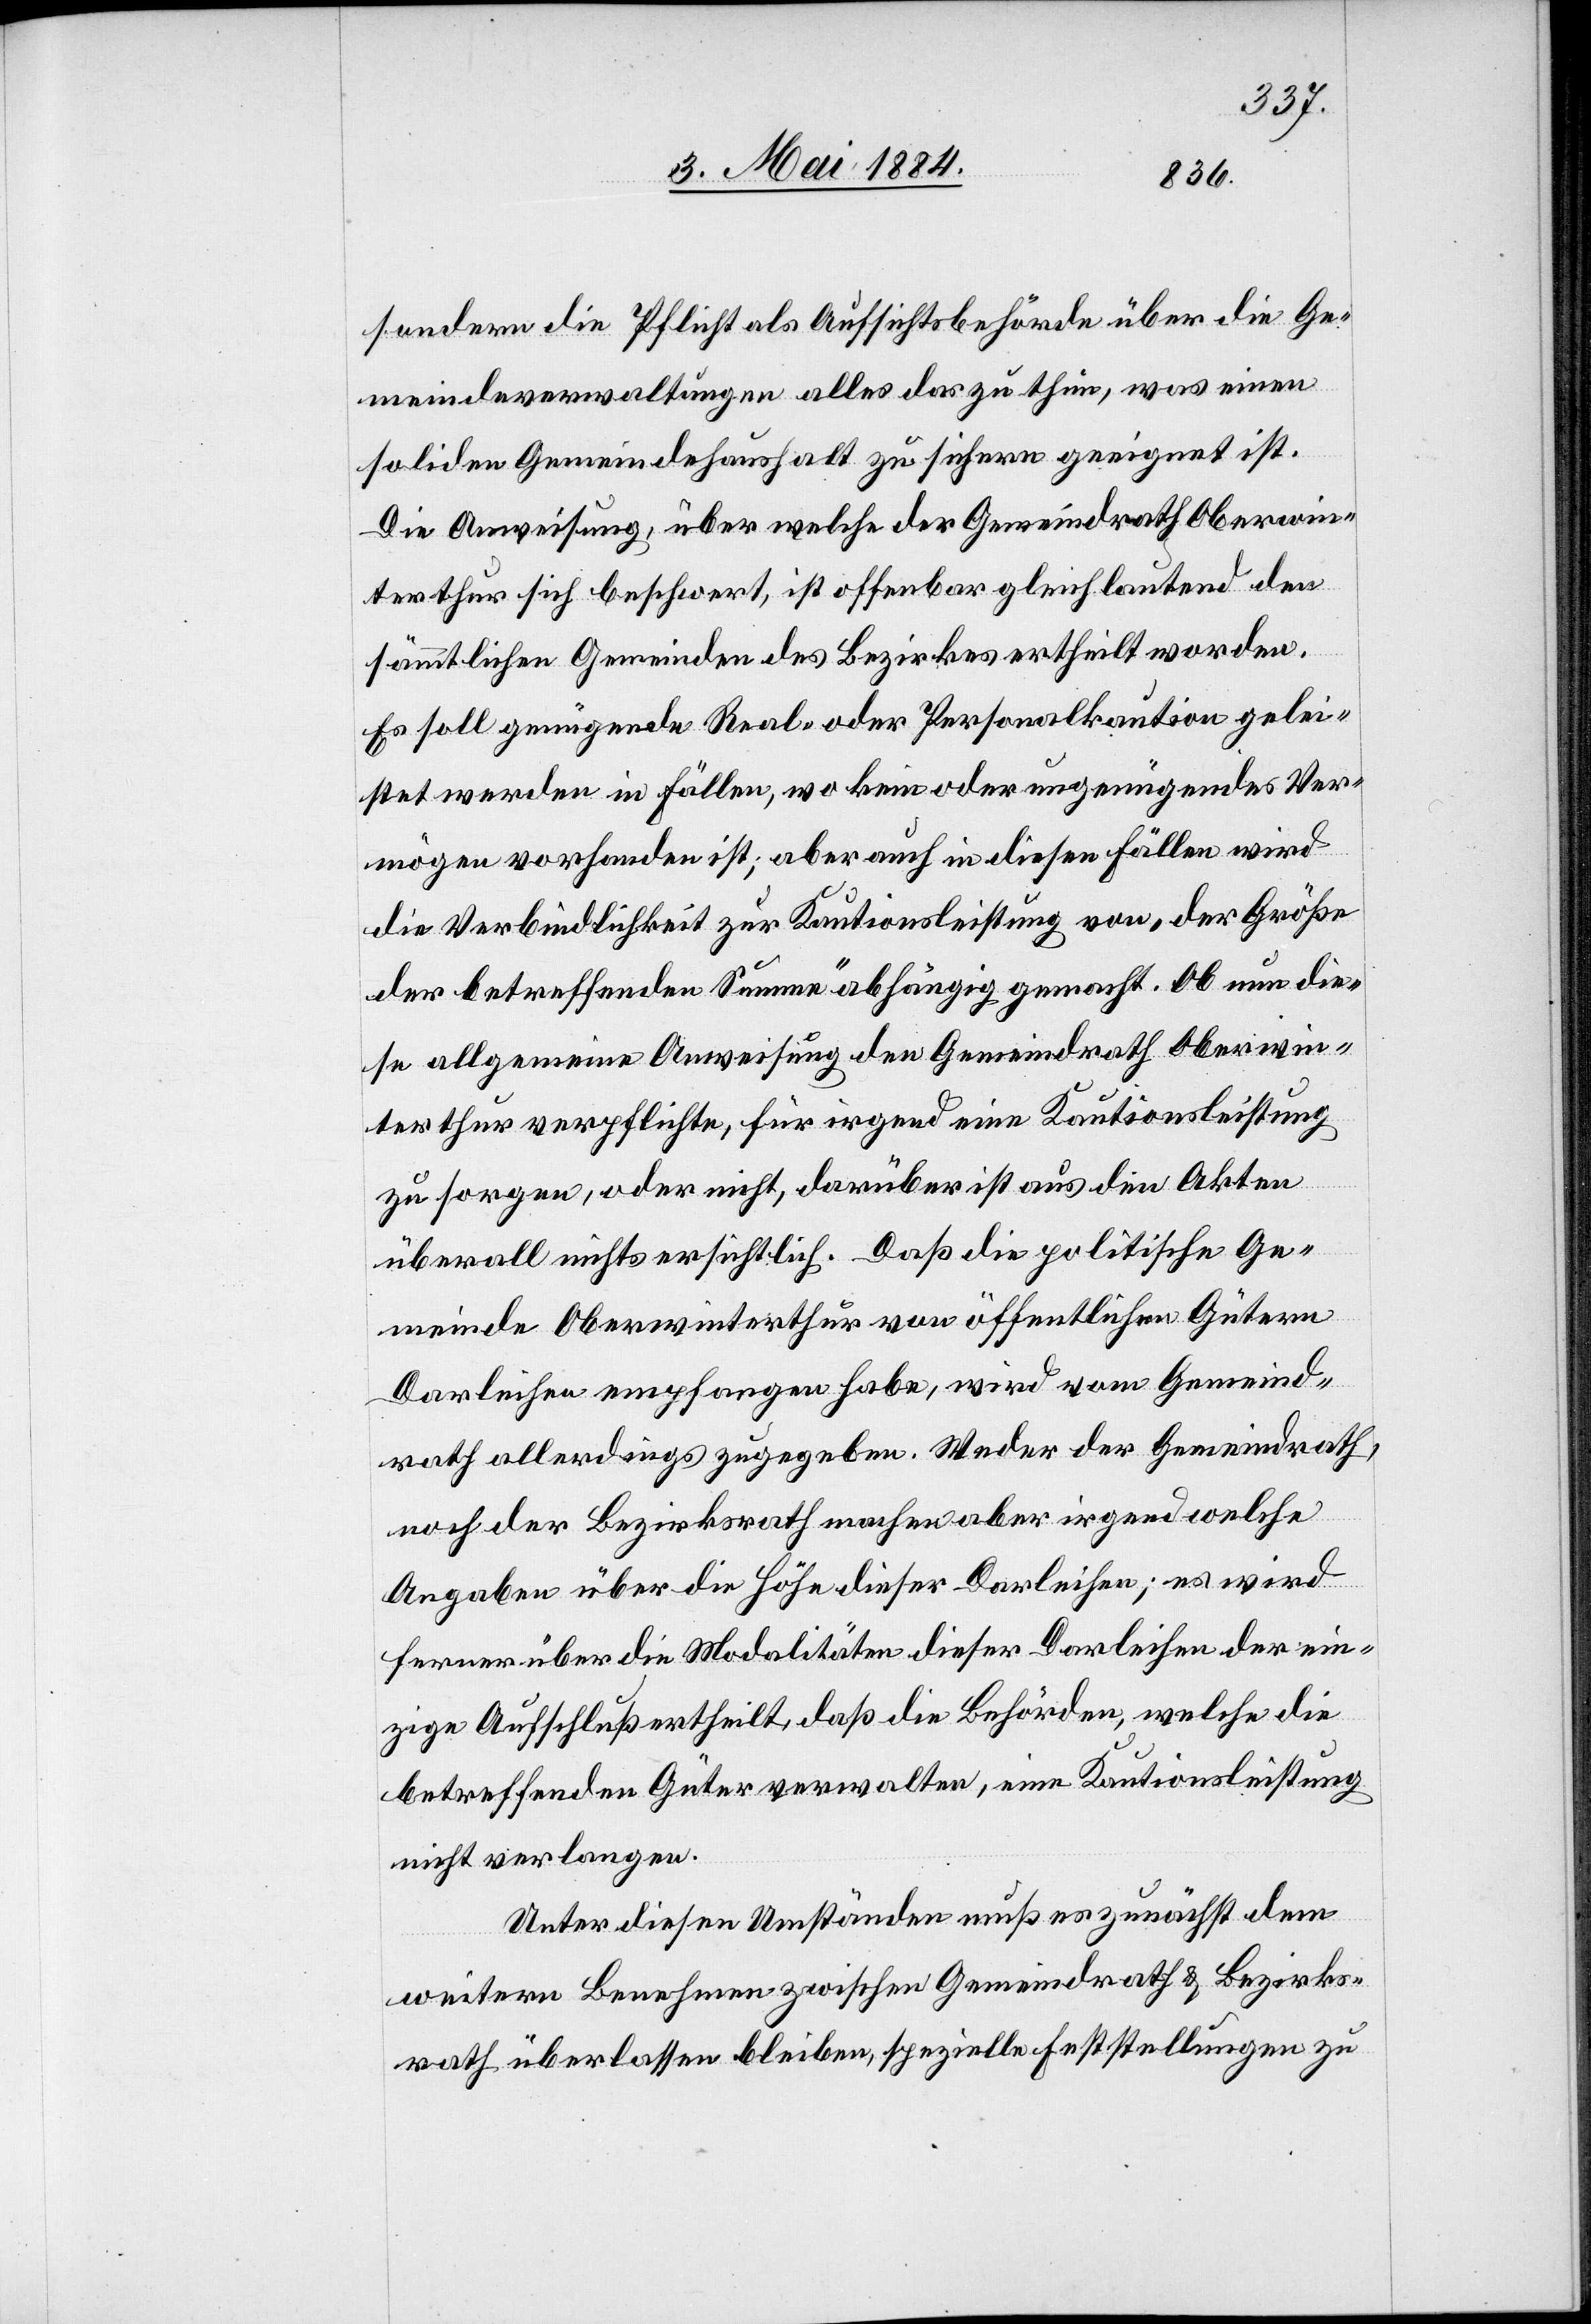
sondern die Pflicht als Aufsichtsbehörde über die Ge¬
meindeverwaltungen alles das zu thun, was einen
soliden Gemeindehaushalt zu sichern geeignet ist.
Die Ausweisung, über welche der Gemeindrath Oberwin¬
terthur sich beschwert, ist offenbar gleichlautend den
sämmtlichen Gemeinden des Bezirkes ertheilt worden.
Es soll genügende Real- oder Personalkaution gelei¬
stet werden in Fällen, wo kein oder ungenügendes Ver¬
mögen vorhanden ist; aber auch in diesen Fällen wird
die Verbindlichkeit zur Kautionsleistung von „der Größe
der betreffenden Summe“ abhängig gemacht. Ob nun die¬
se allgemeine Ausweisung den Gemeindrath Oberwin¬
terthur verpflichte, für irgend eine Kautionsleistung
zu sorgen, oder nicht, darüber ist aus den Akten
überall nichts ersichtlich. Daß die politische Ge¬
meinde Oberwinterthur von öffentlichen Gütern
Darleihen empfangen habe, wird vom Gemeind¬
rath allerdings zugegeben. Weder der Gemeindrath,
noch der Bezirksrath machen aber irgendwelche
Angaben über die Höhe dieser Darleihen; es wird
ferner über die Modalitäten dieser Darleihen der ein¬
zige Aufschluß ertheilt, daß die Behörden, welche die
betreffenden Güter verwalten, eine Kautionsleistung
nicht verlangen.
Unter diesen Umständen muß es zunächst dem
weitern Benehmen zwischen Gemeindrath & Bezirks¬
rath überlassen bleiben, spezielle Feststellungen zu